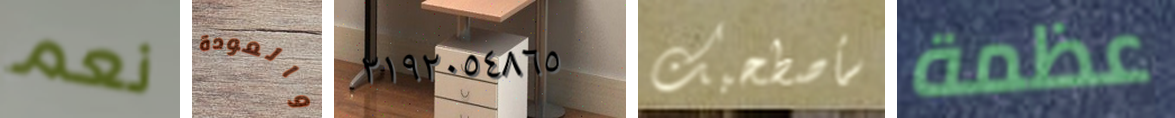
نعم والعودة ٢١٩٢٠٥٤٨٦٥ سأصطحبك عظمة